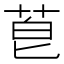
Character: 𫈇